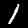
Label: 1